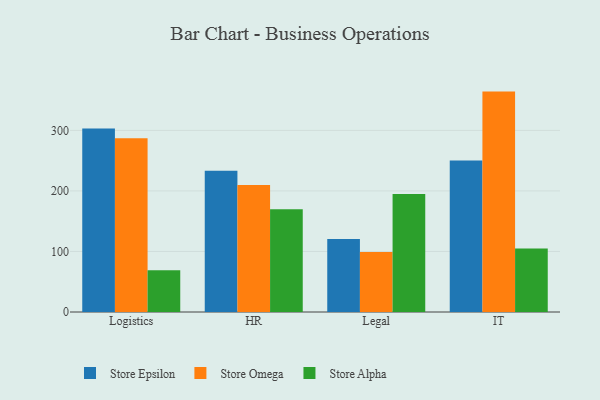
{"axis": {"x": "Department", "y": "Active Users"}, "legend": ["Store Alpha", "Store Epsilon", "Store Omega"], "data": [{"x": "Logistics", "y": 303.2, "type": "Store Epsilon"}, {"x": "Logistics", "y": 287.1, "type": "Store Omega"}, {"x": "Logistics", "y": 68.9, "type": "Store Alpha"}, {"x": "HR", "y": 233.2, "type": "Store Epsilon"}, {"x": "HR", "y": 209.9, "type": "Store Omega"}, {"x": "HR", "y": 169.7, "type": "Store Alpha"}, {"x": "Legal", "y": 120.6, "type": "Store Epsilon"}, {"x": "Legal", "y": 99.3, "type": "Store Omega"}, {"x": "Legal", "y": 195.0, "type": "Store Alpha"}, {"x": "IT", "y": 250.1, "type": "Store Epsilon"}, {"x": "IT", "y": 364.1, "type": "Store Omega"}, {"x": "IT", "y": 104.8, "type": "Store Alpha"}]}